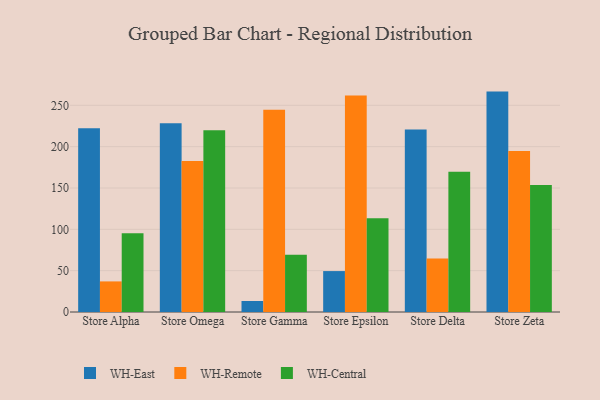
{"axis": {"x": "Store", "y": "Operating Costs (USD K)"}, "legend": ["WH-Central", "WH-East", "WH-Remote"], "data": [{"x": "Store Alpha", "y": 222.3, "type": "WH-East"}, {"x": "Store Alpha", "y": 37.0, "type": "WH-Remote"}, {"x": "Store Alpha", "y": 95.4, "type": "WH-Central"}, {"x": "Store Omega", "y": 228.3, "type": "WH-East"}, {"x": "Store Omega", "y": 182.8, "type": "WH-Remote"}, {"x": "Store Omega", "y": 219.7, "type": "WH-Central"}, {"x": "Store Gamma", "y": 13.3, "type": "WH-East"}, {"x": "Store Gamma", "y": 244.5, "type": "WH-Remote"}, {"x": "Store Gamma", "y": 69.3, "type": "WH-Central"}, {"x": "Store Epsilon", "y": 49.5, "type": "WH-East"}, {"x": "Store Epsilon", "y": 262.0, "type": "WH-Remote"}, {"x": "Store Epsilon", "y": 113.5, "type": "WH-Central"}, {"x": "Store Delta", "y": 220.8, "type": "WH-East"}, {"x": "Store Delta", "y": 64.6, "type": "WH-Remote"}, {"x": "Store Delta", "y": 169.8, "type": "WH-Central"}, {"x": "Store Zeta", "y": 266.6, "type": "WH-East"}, {"x": "Store Zeta", "y": 194.7, "type": "WH-Remote"}, {"x": "Store Zeta", "y": 153.7, "type": "WH-Central"}]}